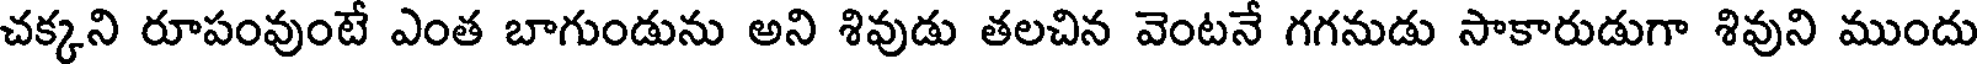
చక్కని రూపంవుంటే ఎంత బాగుండును అని శివుడు తలచిన వెంటనే గగనుడు సాకారుడుగా శివుని ముందు